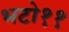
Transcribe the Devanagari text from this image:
भटो११